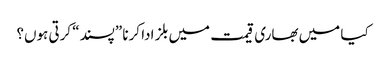
کیا میں بھاری قیمت میں بلز ادا کرنا ”پسند“ کرتی ہوں؟